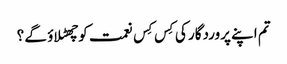
تم اپنے پروردگار کی کِس کِس نعمت کوچھٹلاؤ گے ؟